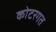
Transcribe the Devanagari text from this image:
कोटरगत